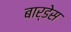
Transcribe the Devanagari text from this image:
बार्डेस